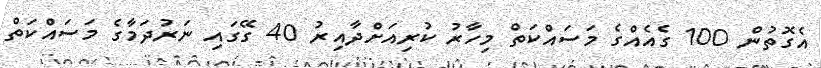
އެގޮތުން 100 ގެއެއްގެ މަސައްކަތް މިހާރު ކުރިއަށްދާއިރު 40 ގޭގައި ނަރުދަމާގެ މަސައްކަތް